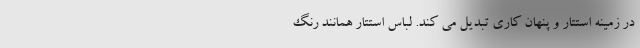
در زمینه استتار و پنهان کاری تبدیل می کند. لباس استتار همانند رنگ